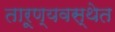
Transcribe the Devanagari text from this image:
तारूण्यवस्थेत